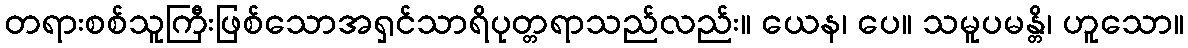
တရားစစ်သူကြီးဖြစ်သောအရှင်သာရိပုတ္တရာသည်လည်း။ ယေန၊ ပေ။ သမူပမန္တိ၊ ဟူသော။